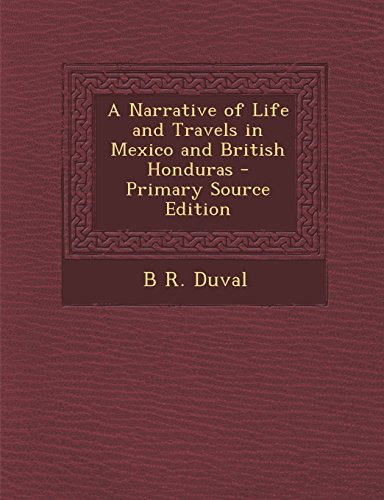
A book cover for A Narrative of Life and Travels in Mexico and British Honduras - Primary Source Edition; B. R. Duval; Travel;